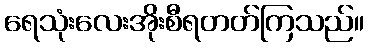
ရေသုံးလေးအိုးစီရတတ်ကြသည်။